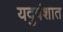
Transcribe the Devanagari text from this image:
यदुवंशात